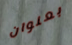
بعنوان